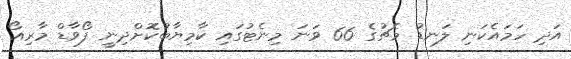
އަދި ހަމައެކަނި ލަނޑު މެޗުގެ 66 ވަނަ މިނެޓުގައި ކާމިޔާބުކޮށްދިނީ ފޯވާޑް މާރިއޯ